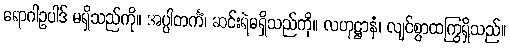
ရောဂါဥပါဒ် မရှိသည်ကို။ အပ္ပါတင်္ကံ၊ ဆင်းရဲမရှိသည်ကို။ လဟုဋ္ဌာနံ၊ လျင်စွာထကြွရှိသည်။